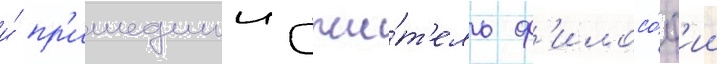
и́ пр'ишедшии учи́т'ель ф'илосо́ф'ии